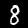
Label: 8